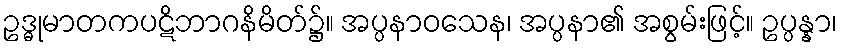
ဥဒ္ဓုမာတကပဋိဘာဂနိမိတ်၌။ အပ္ပနာဝသေန၊ အပ္ပနာ၏ အစွမ်းဖြင့်။ ဥပ္ပန္နာ၊